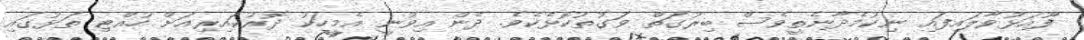
ފޫއަޅުވާލައިފައި ނިކުމެދާނެތީވެސް ބިރުގަތް ވަގުތުކޮޅެކެވެ. ދެން އިވުނީ އެމީހަކު ދޮރުކައިރިއަށް ހުއްޓި ތަޅުގައި